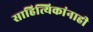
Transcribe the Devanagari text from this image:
साहित्यिकांनाही